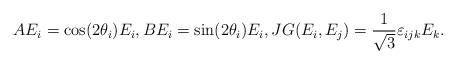
LaTeX: \begin{align*}AE_i=\cos (2\theta_i) E_i, BE_i=\sin (2\theta_i) E_i, JG(E_i,E_j)=\frac{1}{\sqrt{3}}\varepsilon_{ijk}E_k.\end{align*}